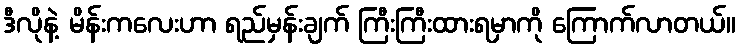
ဒီလိုနဲ့ မိန်းကလေးဟာ ရည်မှန်းချက် ကြီးကြီးထားရမှာကို ကြောက်လာတယ်။